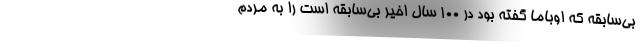
بی‌سابقه که اوباما گفته بود در 100 سال اخیر بی‌سابقه است را به مردم